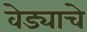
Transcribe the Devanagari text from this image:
वेड्याचे